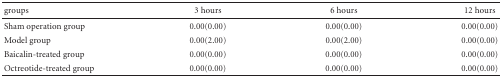
<table><thead><tr><td><b>groups</b></td><td><b>3 hours</b></td><td><b>6 hours</b></td><td><b>12 hours</b></td></tr></thead><tbody><tr><td>Sham operation group</td><td>0.00(0.00)</td><td>0.00(0.00)</td><td>0.00(0.00)</td></tr><tr><td>Model group</td><td>0.00(2.00)</td><td>0.00(2.00)</td><td>0.00(0.00)</td></tr><tr><td>Baicalin-treated group</td><td>0.00(0.00)</td><td>0.00(0.00)</td><td>0.00(0.00)</td></tr><tr><td>Octreotide-treated group</td><td>0.00(0.00)</td><td>0.00(0.00)</td><td>0.00(0.00)</td></tr></tbody></table>